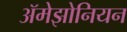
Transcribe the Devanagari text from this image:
ॲमेझोनियन